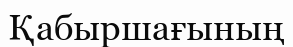
Қабыршағының